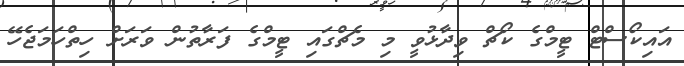
އައިކޯސްޓް ޓީމްގެ ކޯޗް ވިދާޅުވީ މި މެޗްގައި ޓީމްގެ ފަރާތުން ވަރަށް ހިތްހަމަޖެހޭ